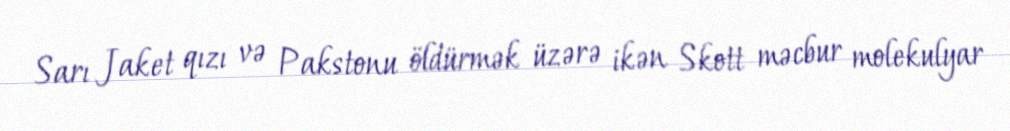
Sarı Jaket qızı və Pakstonu öldürmək üzərə ikən Skott məcbur molekulyar